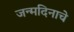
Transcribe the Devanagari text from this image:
जन्मदिनाचे